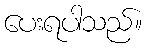
ပေးရပါသည်။